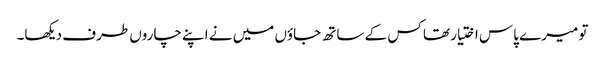
تو میرے پاس اختیار تھا کس کے ساتھ جاؤں میں نے اپنے چاروں طرف دیکھا۔